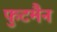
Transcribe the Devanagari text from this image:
फुटमैन